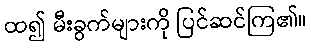
ထ၍ မီးခွက်များကို ပြင်ဆင်ကြ၏။